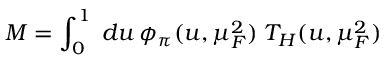
M = \int _ { 0 } ^ { 1 } \; d u \, \phi _ { \pi } ( u , \mu _ { F } ^ { 2 } ) \; T _ { H } ( u , \mu _ { F } ^ { 2 } )